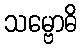
သမ္ဗောဓိ